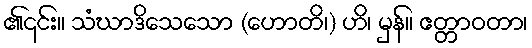
၏၎င်း။ သံဃာဒိသေသော (ဟောတိ၊) ဟိ၊ မှန်။ ဧတ္တာဝတာ၊